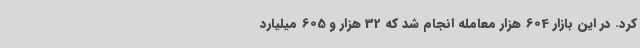
کرد. در این بازار 604 هزار معامله انجام شد که 32 هزار و 605 میلیارد